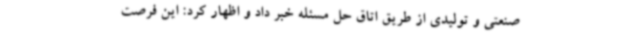
صنعتی و تولیدی از طریق اتاق حل مسئله خبر داد و اظهار کرد: این فرصت